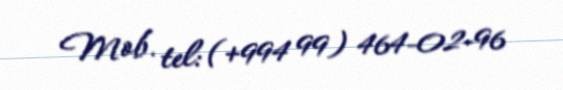
Mob. tel: (+994 99) 464-02-96